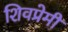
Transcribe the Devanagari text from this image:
शिवप्रेमी